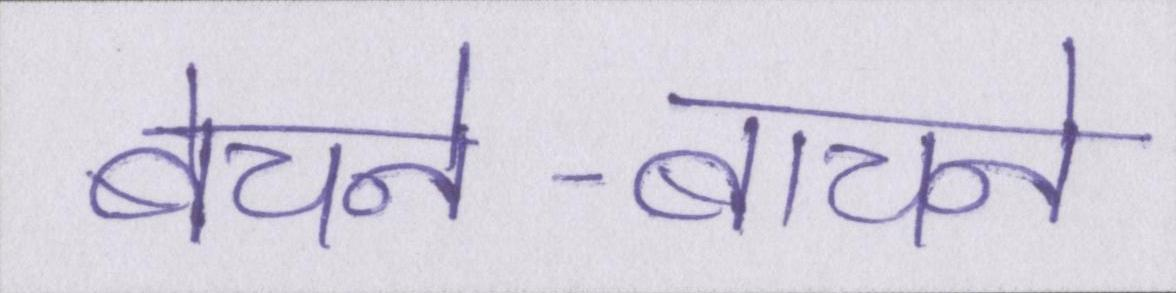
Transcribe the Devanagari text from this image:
बेचने-बाचने